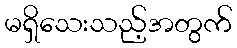
မရှိသေးသည့်အတွက်